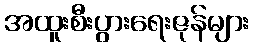
အထူးစီးပွားရေးဇုန်များ